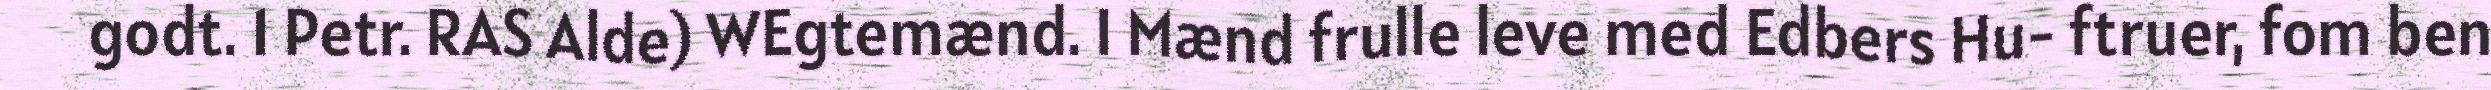
godt. 1 Petr. RAS Alde) WEgtemænd. I Mænd frulle leve med Edbers Hu- ftruer, fom ben